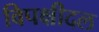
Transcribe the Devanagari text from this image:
विपक्षीदल